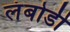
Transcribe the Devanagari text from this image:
लंबोडी